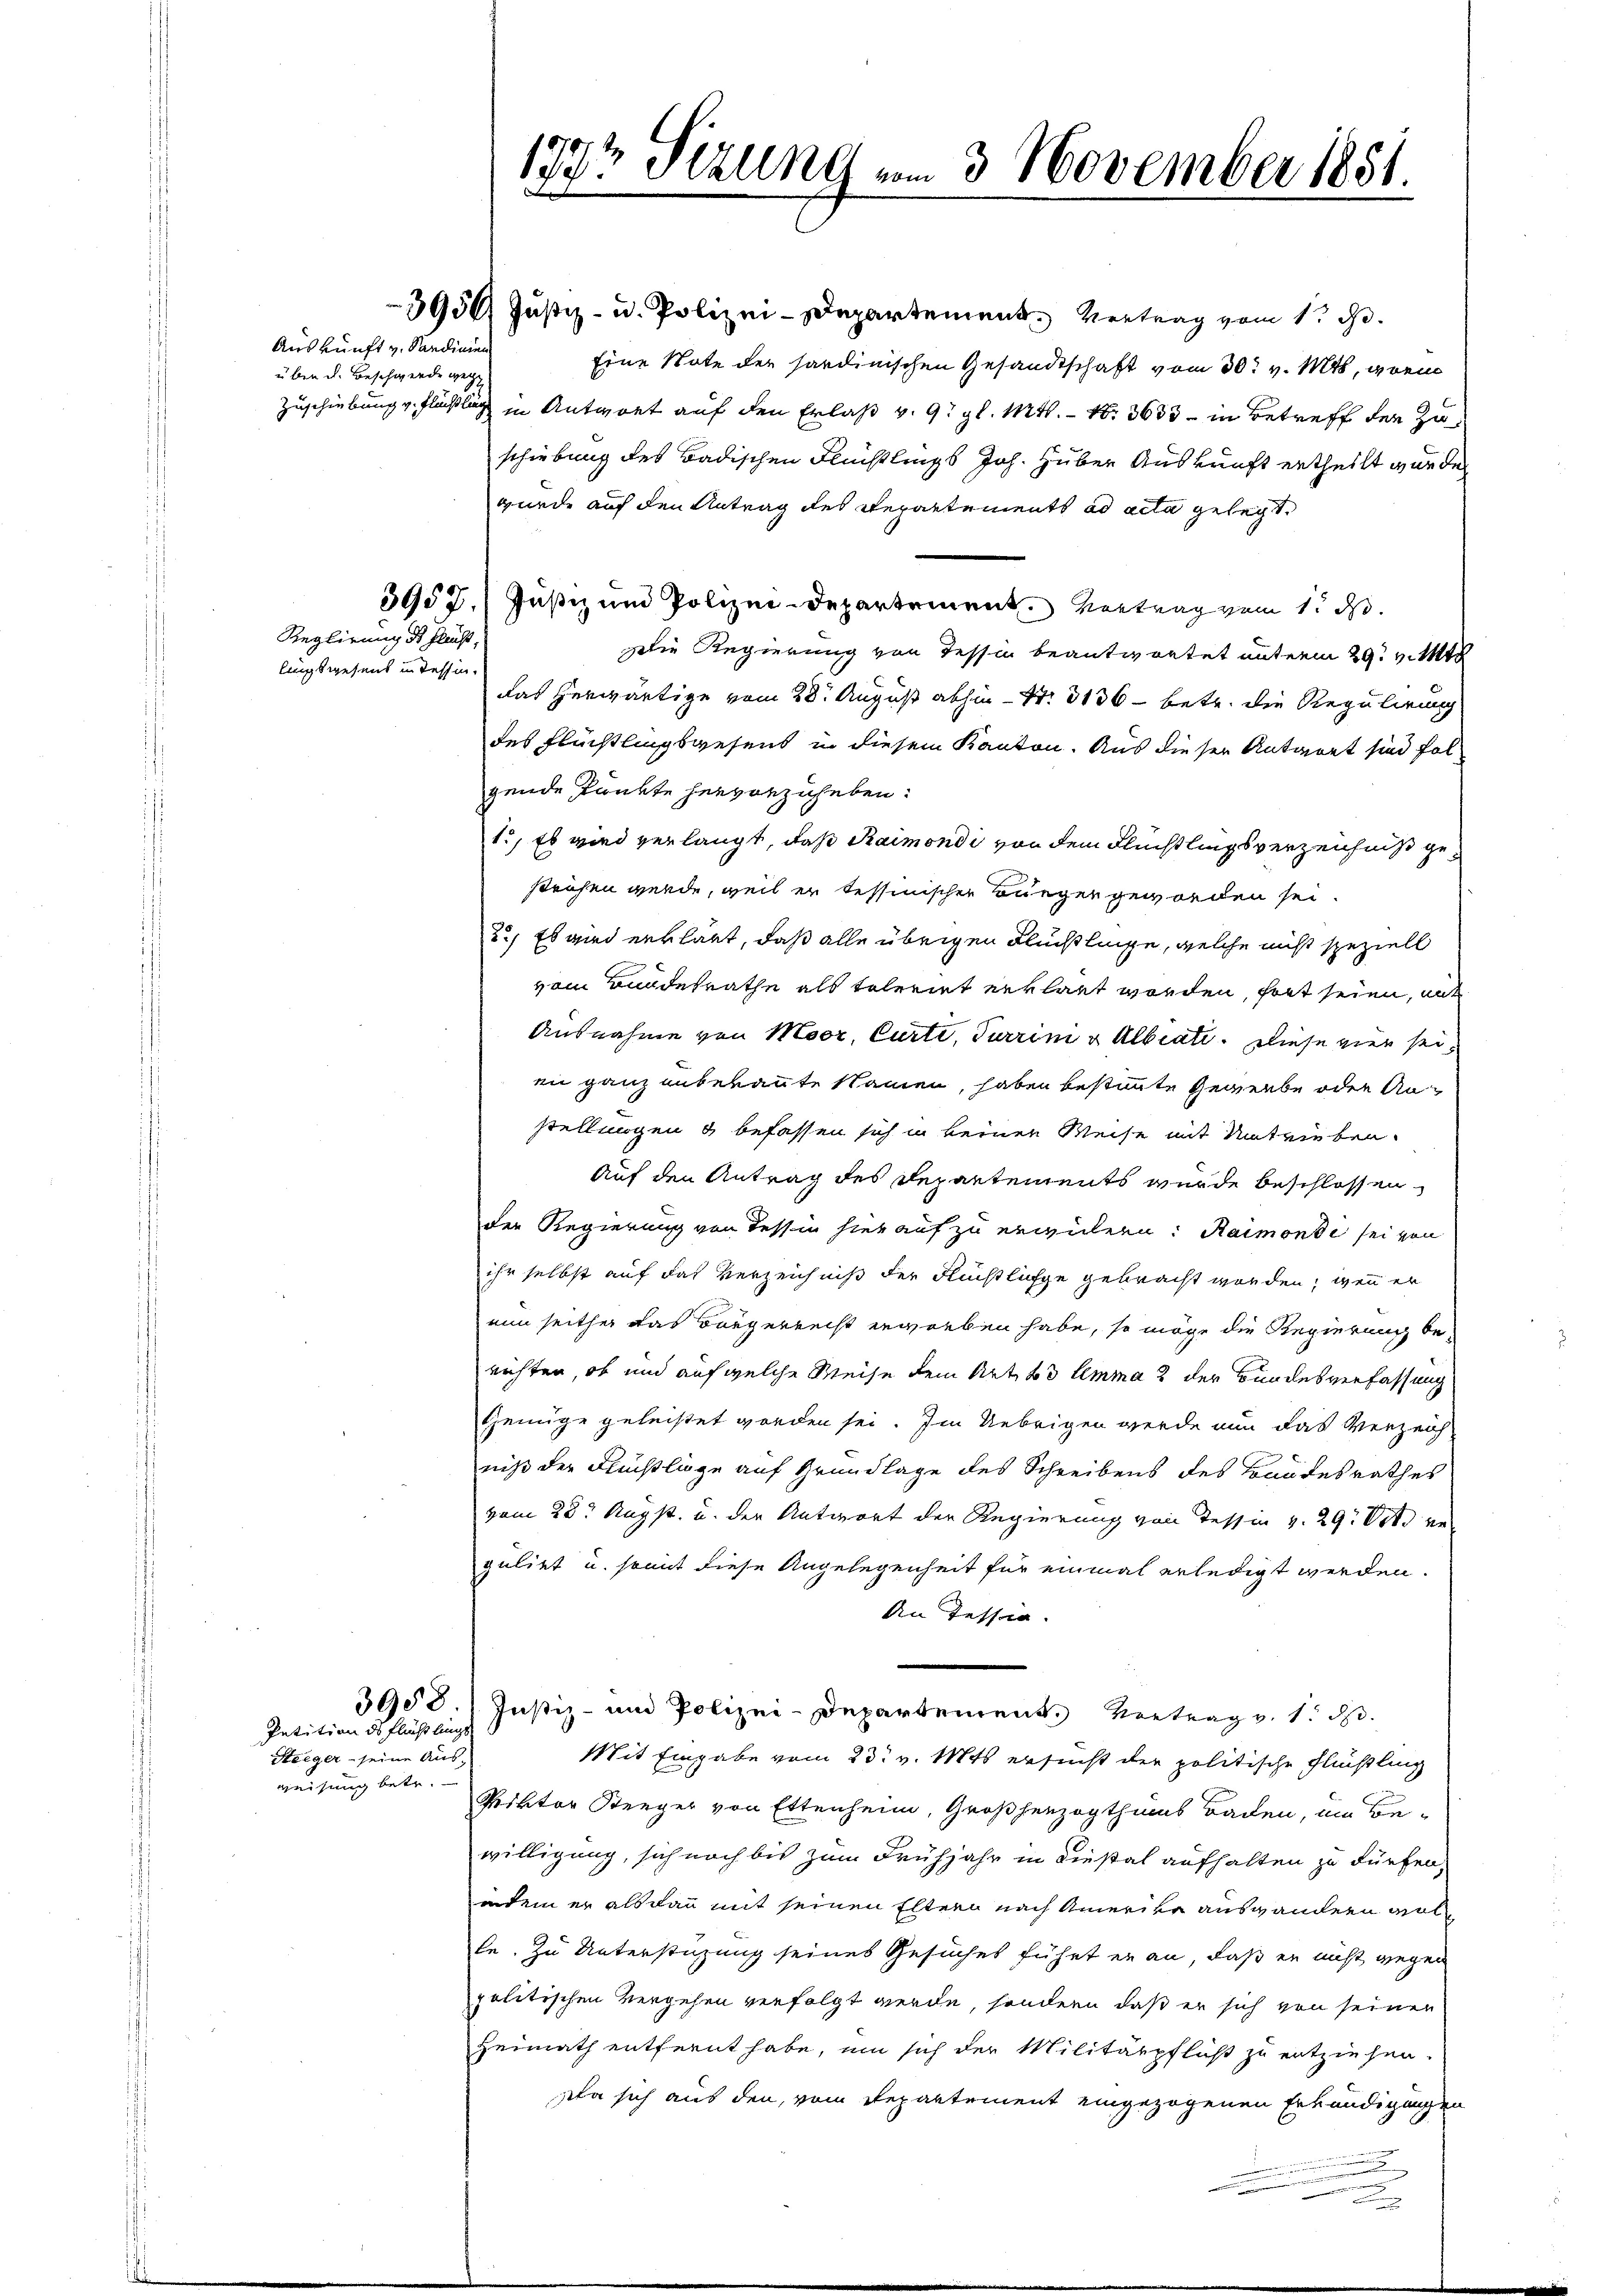
Auskunft v. Sandinien
über d. Beschwerde gege

Petition des Flüchtlings
Steeger - seine Aus-
weisung betr.

lingswesens in Tessin¬

Reglirung des Flacht,

3958

177t Sizung vom 3. November 1851.

3936/ Jŭstiz- u. Polizei-Departement. Vertrag vom 1. d.
Eine Note der sardinischen Gesandtschaft vom 30. v. Mts, gren
Zuschiebung v. Flüßli in Antwort auf den Erlaß v. 9. gl. Mtt. - N. 3633 - in Betreff der Zuschiebung des Badischen Flüchtlings Joh. Huber Auskunft ertheilt wurde.
wurde auf den Antrag des Repartements ad acta gelegt.
3952. Justiz und Polizei-Departement. Vortrag vom 1. d.
Die Regierung von Tessin beantwortet unterm 29. v. Mt
das herwärtige vom 28. August abhin - St. 3136 - betr. die Regulirung
des Flüchtlingswesens in diesem Kanton. Aus dieser Antwort sind folgende Punkte hervorzuheben:
1.) Es wird verlangt, daß Raimondi von dem Flüchtlingsverzeichniß gestrafen werde, weil er tessinischer Bürger geworden sei.
2.) Es wird erklärt, daß alle übrigen Flüchtlinge, welche nicht speziell
vom Bundesrathe als toleriet erklärt worden, fort seien, mit
Ausnahme von Moor, Curti, Turrim u Albeat. Diese vier seien ganz unbekannte Namen, haben bestimmte Gewerbe oder Anstellungen & befassen sich in keiner Weise mit Umtrieben.
Auf den Antrag des Departements wurde beschlossen
der Regierung von dessin hierauf zu erwickern: Raimonde sei von
ihr selbst auf das Verzeichniß der Flüchtliche gebracht worden, wenn er
nun seither das Bürgerrecht erworben habe, so möge die Regierung be-
richten, ob und auf welche Weise dem Art. 63 lemma 2 der Bundesverfassung
Genüge geleistet worden sei. Im Uebrigen werde nun das Verzeichniß der Flückliege auf Grundlage des Schreibens des Bandesrathes
vom 23t Augst, u. der Antwort der Regierung von Tessin v. 29. Voto ve
gulirt u. somit diese Angelegenheit für einmal erledigt werden.
An Tessin.
Justiz- und Polizei-Departement. Vertrag v. 1. d.
Mit Eingabe vom 23. v. Mts. ersucht der politische Flühling
Priktor Seeger von Ettenheim, Großherzogthums Baden, im Be-
willigung, sich noch bis zum Frühjahr in diestal aufhalten zu dürfen,
indem er alsdann mit seinen Eltern nach Amerike auswandern volle. Zu Unterstüzung seines Gesuches führt er an, daß er nicht wegen
politischen Vergehen verfolgt werde, sondern daß er sich von seinen
Heimath entfernt habe, um sich der Militärpflicht zu entziehen.
Da sich aus den vom Departement eingezogenen Erkundigungen
.